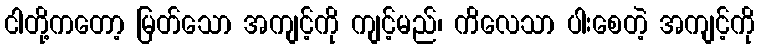
ငါတို့ကတော့ မြတ်သော အကျင့်ကို ကျင့်မည်၊ ကိလေသာ ပါးစေတဲ့ အကျင့်ကို